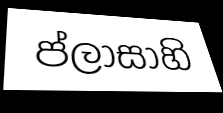
ප්ලාසාහි